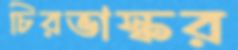
চিরভাস্কর